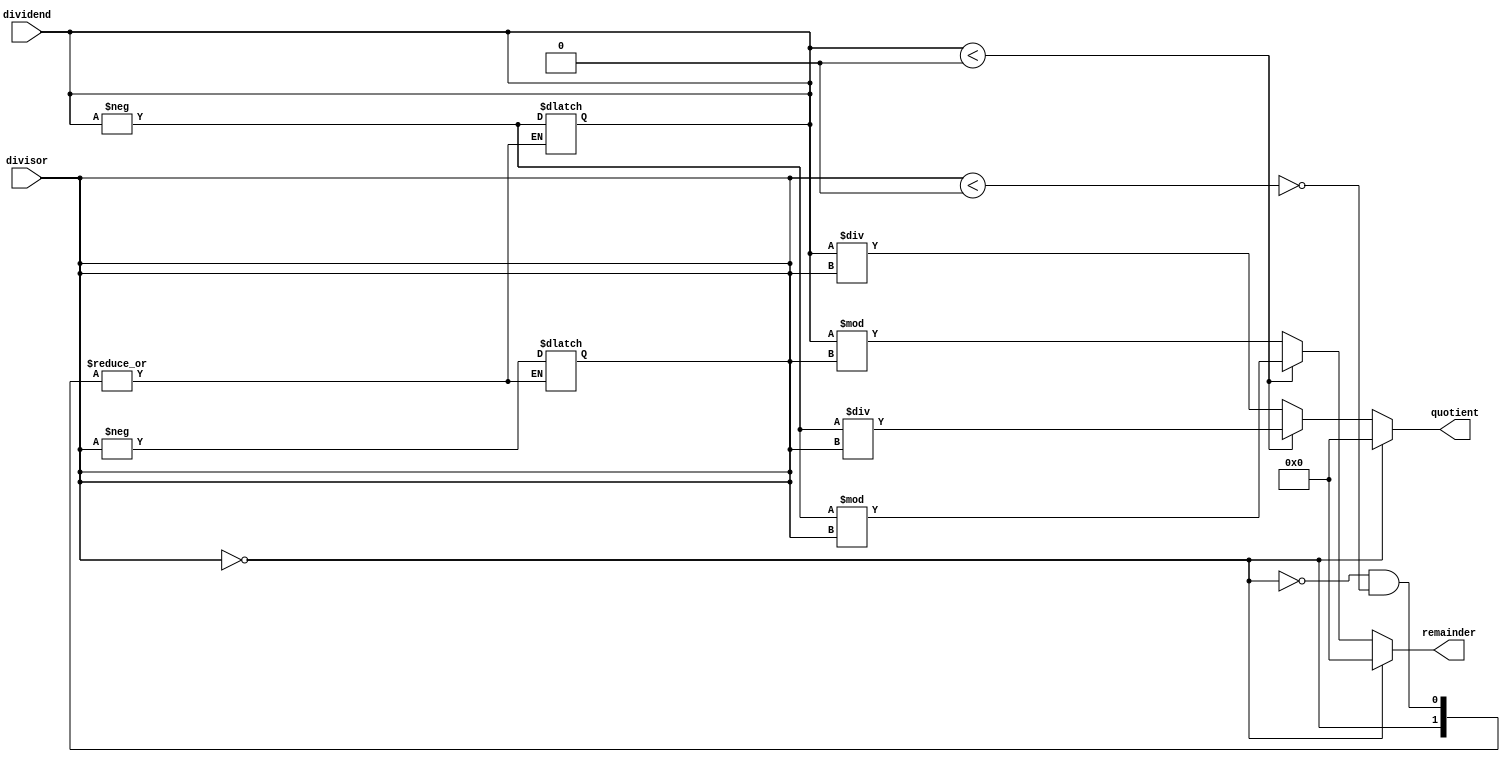
module Asynchronous_Divider (
  input wire signed [31:0] dividend,
  input wire signed [31:0] divisor,
  output reg signed [31:0] quotient,
  output reg signed [31:0] remainder
);

always @(*) begin
  if (divisor == 0) begin
    quotient <= 0;
    remainder <= 0;
  end
  else begin
    if (divisor < 0) begin
      divisor <= -divisor;
      dividend <= -dividend;
    end
    
    if (dividend < 0) begin
      quotient <= -dividend / divisor;
      remainder <= -dividend % divisor;
    end
    else begin
      quotient <= dividend / divisor;
      remainder <= dividend % divisor;
    end
  end
end

endmodule